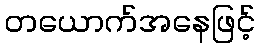
တယောက်အနေဖြင့်